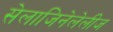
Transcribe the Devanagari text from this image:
सेलाजिनेलेलीज